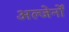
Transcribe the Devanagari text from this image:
अल्जेर्नों